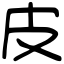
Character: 皮